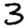
Digit: 3